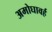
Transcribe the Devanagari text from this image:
अमोघावर्ह